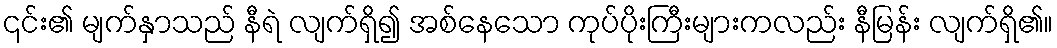
၎င်း၏ မျက်နှာသည် နီရဲ လျက်ရှိ၍ အစ်နေသော ကုပ်ပိုးကြီးများကလည်း နီမြန်း လျက်ရှိ၏။